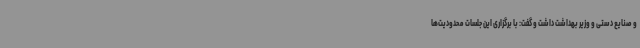
و صنایع دستی و وزیر بهداشت داشت و گفت: با برگزاری این جلسات محدودیت‌ها